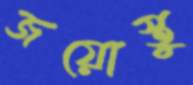
জয়োস্তু